Civil Veterinary Dept. Assam report 1927-50 - 1927-1950
Year: 1927
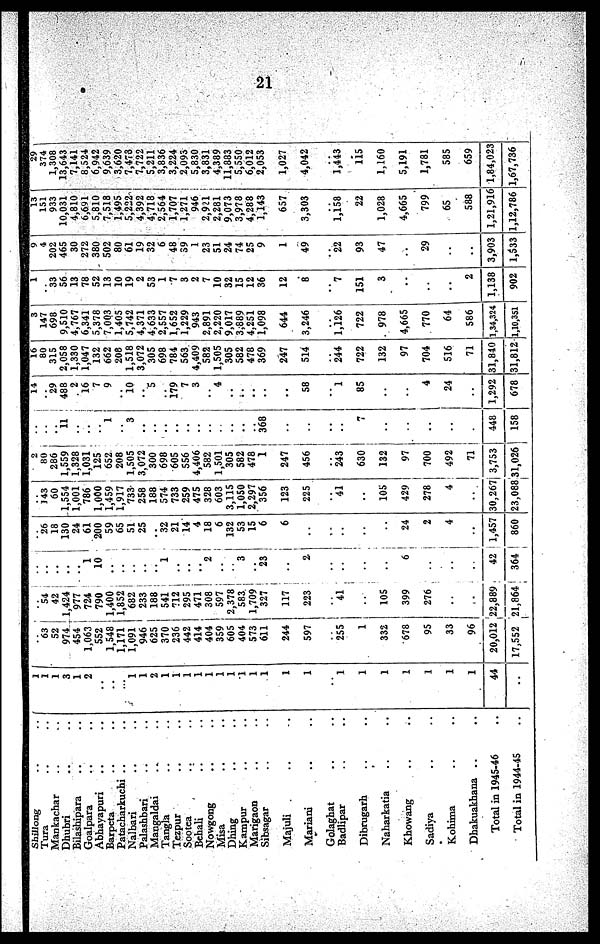
21
Shillong .. ..
Tura .. ..
Mankachar .. ..
Dhubri .. ..
Bilashipara .. ..
Goalpara .. ..
Abhayapuri .. ..
Barpeta .. ..
Patacharkuchi .. ..
Nalbari .. ..
Palashbari .. ..
Mangaldai .. ..
Tangla .. ..
Tezpur .. ..
Sootea .. ..
Behali
..
..
Nowgong .. ..
Misa .. ..
Dhing .. ..
Kampur .. ..
Marigaon .. ..
Sibsagar .. ..
Majuli .. ..
Mariani .. ..
Golaghat .. ..
Badlipar .. ..
Dibrugarh .. ..
Naharkatia .. ..
Khowang .. ..
Sadiya .. ..
Kohima .. ..
Dhakuakhana .. ..
Total in 1945-46 ..
Total in 1944-45 ..
1
1
1
3
1
2
..
..
...
1
1
2
1
1
1
1
1
1
1
1
1
1
1
1
..
1
1
1
1
1
1
1
44
..
..
63
52
974
454
1,063
552
1,548
1,171
1,091
946
625
370
236
442
414
404
359
605
404
573
611
244
597
..
255
1
332
678
95
33
96
20,012
17,552
..
54
42
1,424
977
724
790
1,400
1,852
682
233
188
541
712
295
471
308
597
2,378
583
1,709
327
117
223
..
41
..
105
399
276
..
.
22,889
21,864
..
..
..
..
..
1
10
..
..
..
..
..
1
..
..
..
2
..
..
3
..
23
..
2
..
..
..
..
6
..
..
..
42
364
..
26
18
130
24
61
200
59
65
51
25
..
32
21
14
4
18
6
132
53
15
6
6
..
..
..
..
..
24
2
4
..
1,457
860
..
143
60
1,554
1,001
786
1,000
1,459
1,917
733
258
188
574
733
259
475
328
603
3,115
1,050
2,297
356
123
225
41
..
105
429
278
4
..
30,267
23,088
2
80
286
1,559
1,328
1,031
125
652
208
1,505
3,072
300
698
605
556
4,406
582
1,501
305
582
478
1
247
456
..
243
630
132
9 7
700
492
71
3,753
31,026
..
..
..
11
..
..
..
1
..
3
..
..
..
..
..
..
..
..
..
..
..
368
..
..
..
..
7
..
..
..
..
.
448
158
14
..
29
488
2
16
7
9
..
10
..
5
179
7
3
..
4
..
..
..
..
..
58
..
1
85
..
..
4
24
..
1,292
678
16
80
315
2,058
1,330
1,047
132
662
208
1,518
3,072
305
698
784
563
4,409
582
1,505
305
582
478
369
247
514
..
244
722
132
97
704
516
71
31,840
31,812
3
147
698
9,510
4,767
6,341
5,378
7,003
1,405
5,742
4,371
4,633
2,557
1,652
1,229
943
2,891
2,220
9,017
3,889
4,251
1,098
644
3,246
..
1,126
722
978
4,665
770
64
586
1,34,324
1,10,351
1
..
33
56
13
78
52
13
10
19
2
53
1
7
3
2
7
10
32
15
12
36
12
8
..
7
151
3
..
..
..
2
1,138
902
9
4
202
465
30
272
380
502
80
61
19
32
6
48
39
1
23
51
24
74
25
9
1
49
..
22
93
47
..
29
..
..
3,903
1,533
13
151
933
10,031
4,810
6,691
5,810
7,518
1,495
5,222
4,392
4,718
2,564
1,707
1,271
946
2,921
2,281
9,073
3,978
4,288
1,143
657
3,303
..
1,158
22
1,028
4,665
799
65
588
1,21,916
1,12,786
29
374
1,308
13,643
7,141
8,524
6,942
9,639
3,620
7,473
7,722
5,211
3,836
3,224
2,093
5,830
3,831
4,389
11,883
5,550
6,012
2,053
1,027
4,042
..
1,443
115
1,160
5,191
1,781
585
659
1,84,023
1,67,736